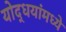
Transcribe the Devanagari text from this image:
योद्धयांमध्ये